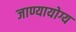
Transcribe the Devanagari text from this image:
जाण्यायोग्य